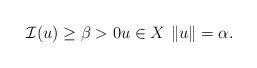
LaTeX: \begin{align*} \mathcal{I}(u)\geq \beta>0 u\in X \ \|u\|=\alpha. \end{align*}